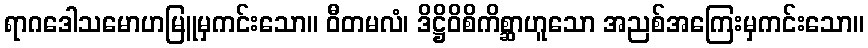
ရာဂဒေါသမောဟမြူမှကင်းသော။ ဝီတမလံ၊ ဒိဋ္ဌိဝိစိကိစ္ဆာဟူသော အညစ်အကြေးမှကင်းသော။